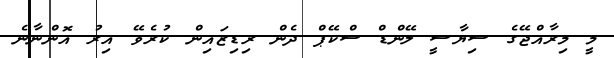
މީ މިރާއްޖޭގެ ސިޔާސީ ލޭންޑް ސްކޭޕް ދެން ރިޑިޒައިން ކުރެވޭ އިރު އޮންނާނެ